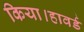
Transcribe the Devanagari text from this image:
किया।हावर्ड